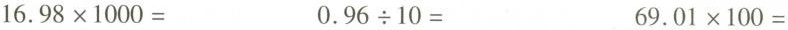
$$1 6 . 9 8 \times 1 0 0 0 =$$